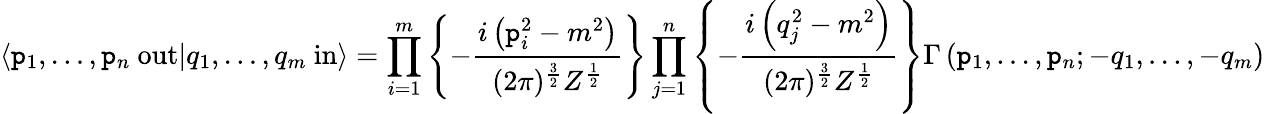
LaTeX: \langle\mathtt{p}_{1},\ldots,\mathtt{p}_{n}\ \mathrm{{out}}|q_{1},\ldots,q_{m}\ \mathrm{{in}}\rangle=\prod_{i=1}^{m}\left\{ -{\frac{{i\left(\mathtt{p}_{i}^{2}-m^{2}\right)}}{{(2\pi)^{\frac{{3}}{{2}}}Z^{\frac{{1}}{{2}}}}}}\right\} \prod_{j=1}^{n}\left\{ -{\frac{{i\left(q_{j}^{2}-m^{2}\right)}}{{(2\pi)^{\frac{{3}}{{2}}}Z^{\frac{{1}}{{2}}}}}}\right\} \Gamma\left(\mathtt{p}_{1},\ldots,\mathtt{p}_{n};-q_{1},\ldots,-q_{m}\right)